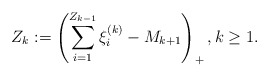
\begin{align*} Z_k:=\left(\sum_{i=1}^{Z_{k-1}}\xi_{i}^{(k)}-M_{k+1}\right)_+, k\geq1. \end{align*}